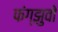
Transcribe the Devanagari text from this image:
फंग्झुवो